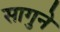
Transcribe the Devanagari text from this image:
सागुने